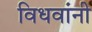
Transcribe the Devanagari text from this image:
विधवांनी